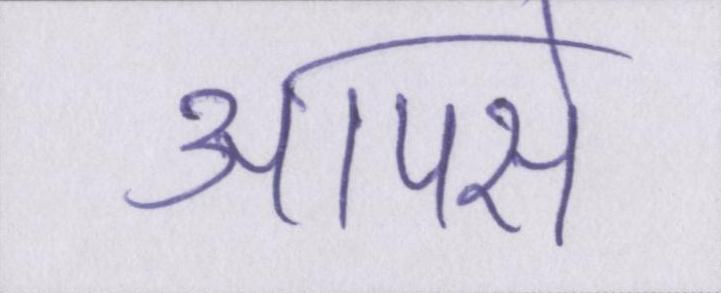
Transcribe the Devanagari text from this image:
आपसे